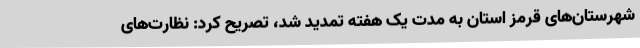
شهرستان‌های قرمز استان به مدت یک هفته تمدید شد، تصریح کرد: نظارت‌های